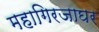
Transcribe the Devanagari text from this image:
महागिरजाघर